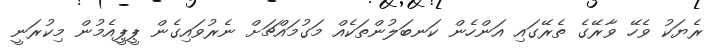
ރެޔަކު ވެހޭ ވާރޭގެ ތެރޭގައި އަންހެން ކަނބަލުންތަކެއް މަގުމައްޗަށް ނެރުވައިގެން ޕީޕީއެމުން މިކުރަނީ